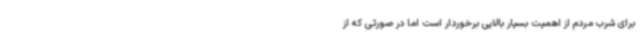
برای شرب مردم از اهمیت بسیار بالایی برخوردار است اما در صورتی که از